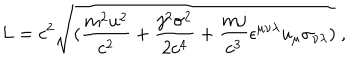
L = c ^ { 2 } \sqrt { ( { \frac { m ^ { 2 } u ^ { 2 } } { c ^ { 2 } } } + { \frac { j ^ { 2 } \sigma ^ { 2 } } { 2 c ^ { 4 } } } + { \frac { m j } { c ^ { 3 } } } \epsilon ^ { \mu \nu \lambda } u _ { \mu } \sigma _ { \nu \lambda } ) } ~ ,